65_HS1-834228961_62-HQ-83894_Section_6
Agency: FBI
Page 65
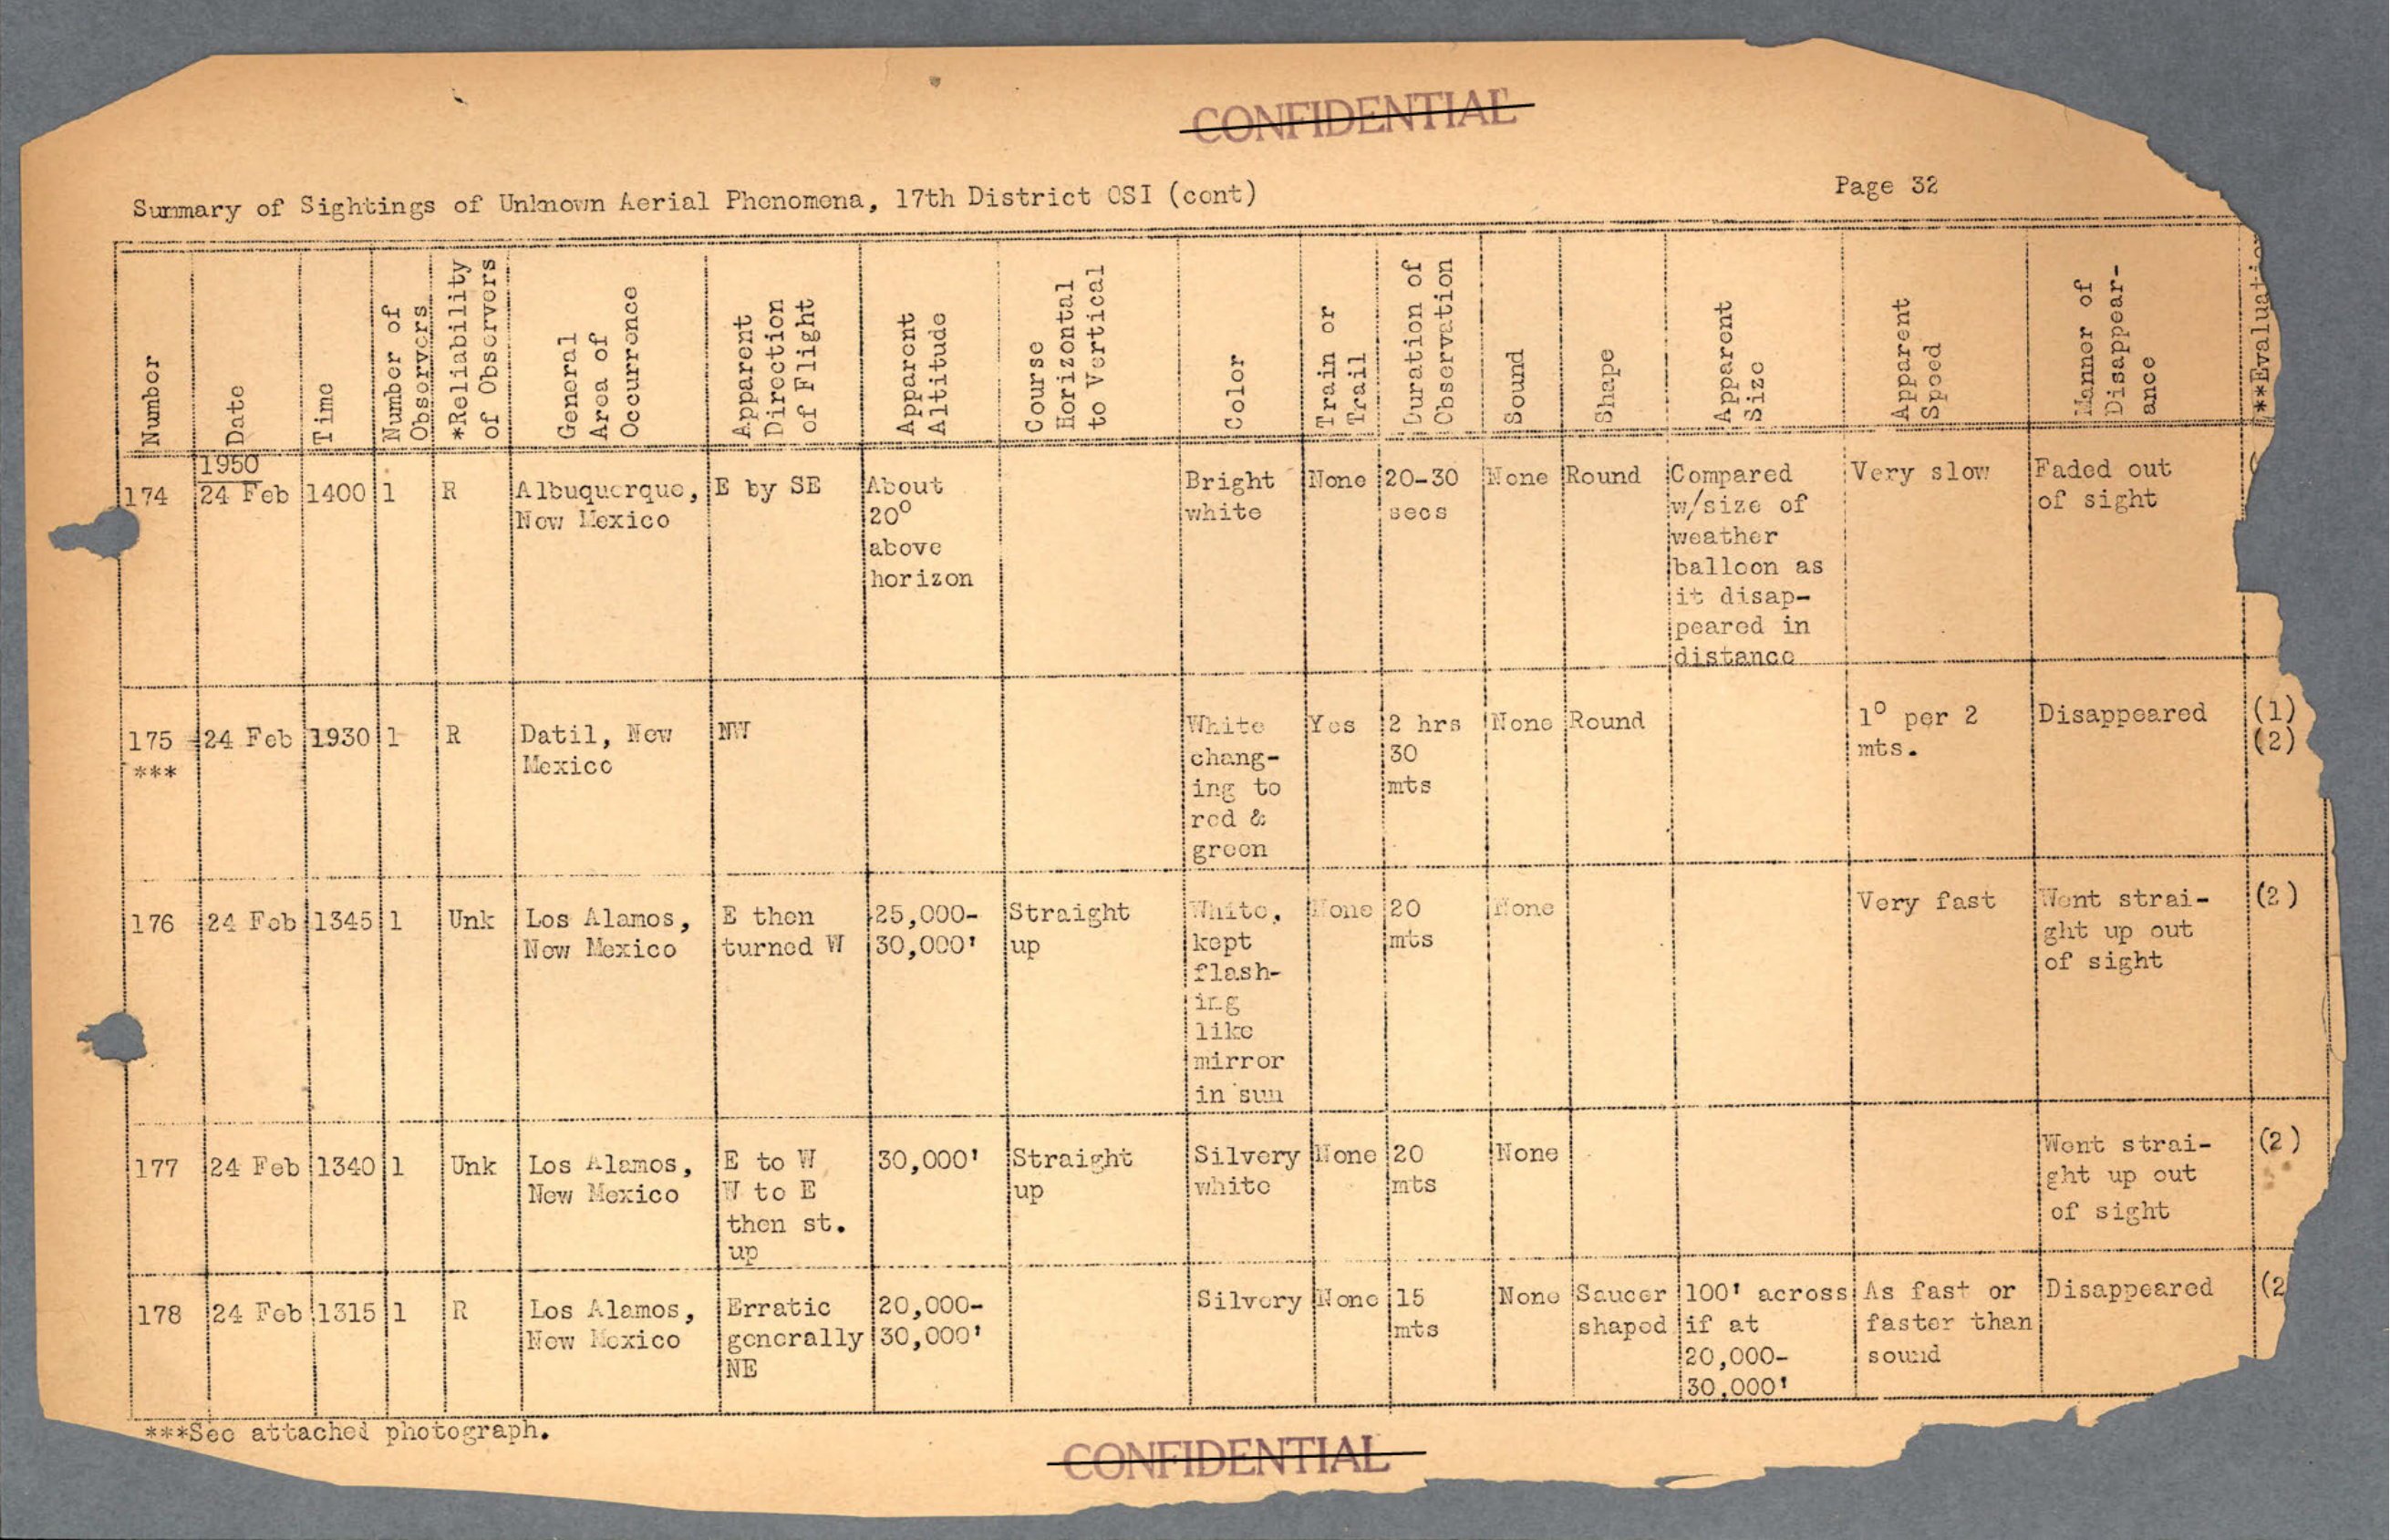